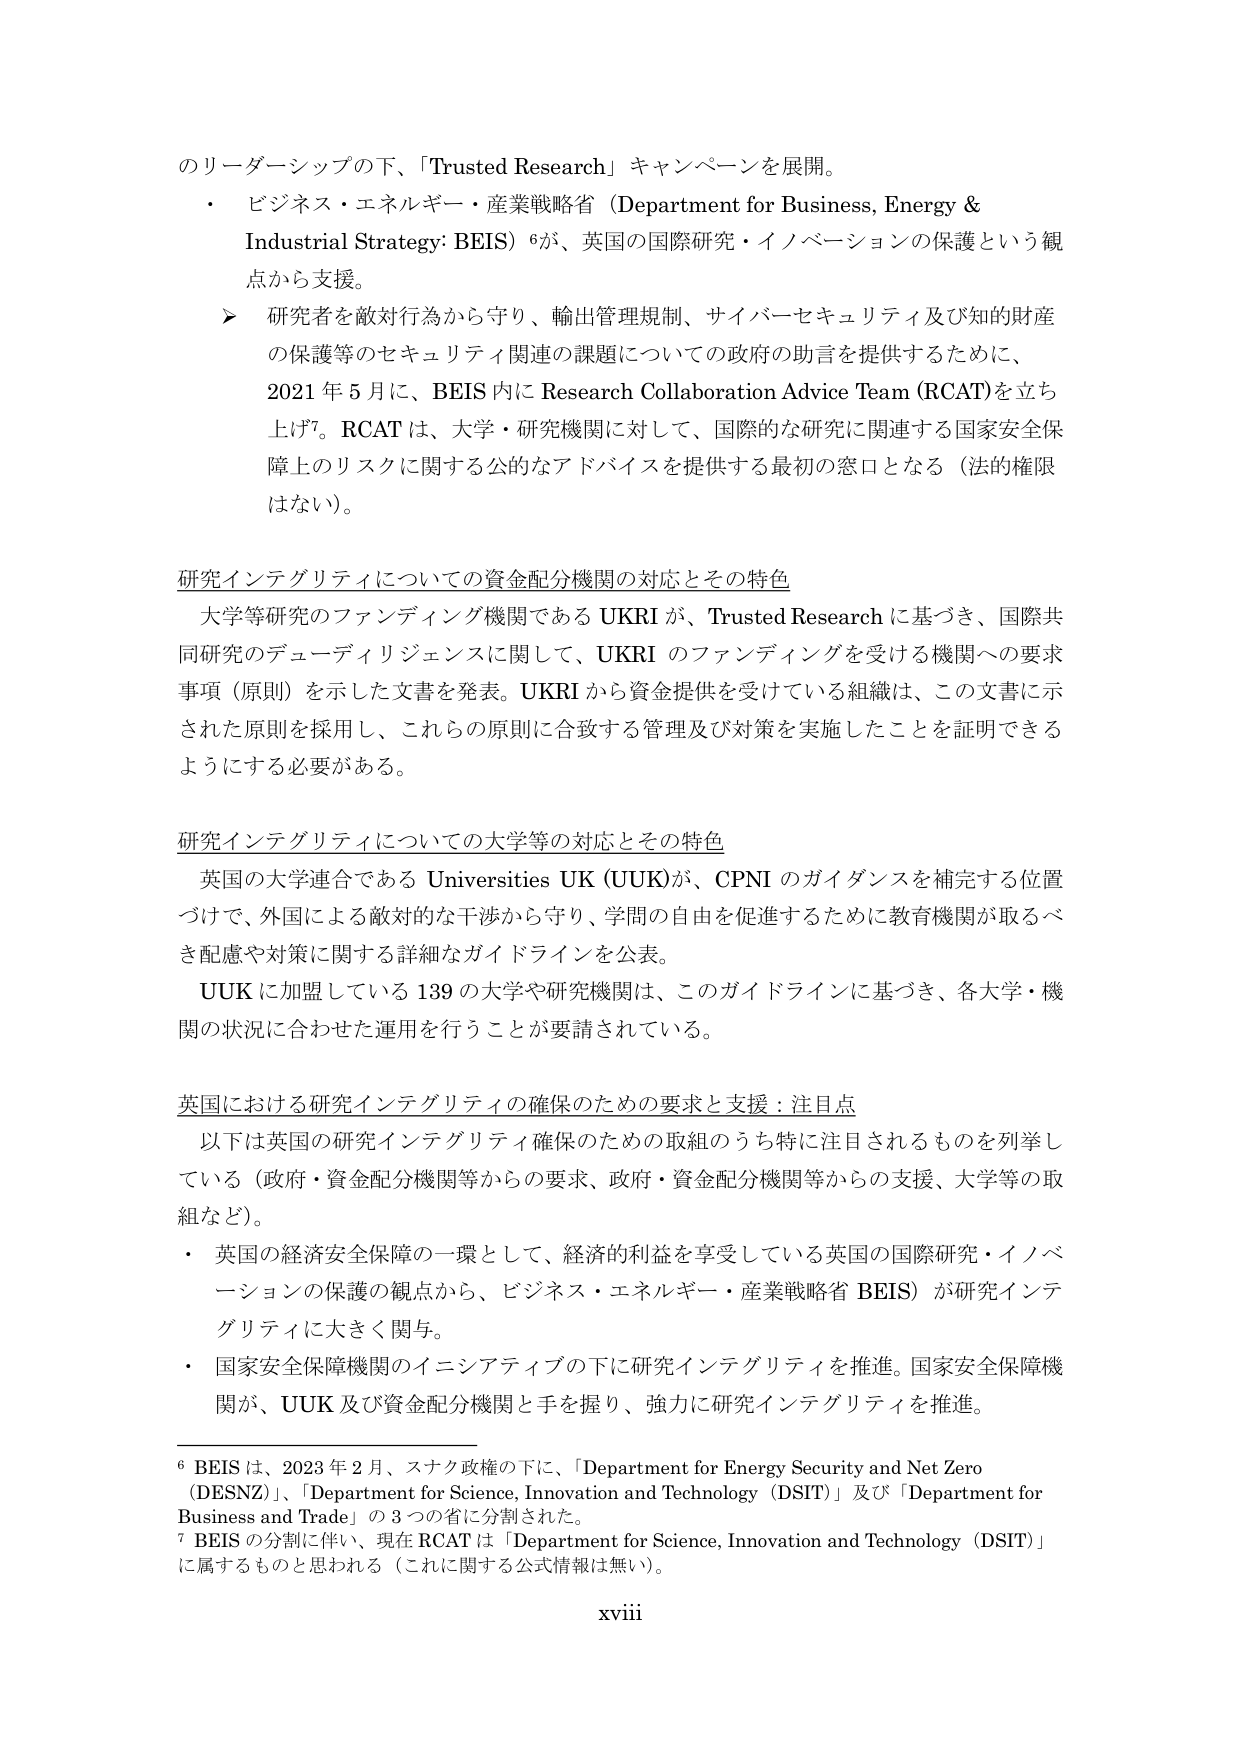
のリーダーシップの下、「Trusted Research」キャンペーンを展開。
・ ビジネス・エネルギー・産業戦略省（Department for Business, Energy & Industrial Strategy: BEIS）⁶が、英国の国際研究・イノベーションの保護という観点から支援。
　➤ 研究者を敵対行為から守り、輸出管理規制、サイバーセキュリティ及び知的財産の保護等のセキュリティ関連の課題についての政府の助言を提供するために、2021年5月に、BEIS内にResearch Collaboration Advice Team (RCAT)を立ち上げ⁷。RCATは、大学・研究機関に対して、国際的な研究に関連する国家安全保障上のリスクに関する公的なアドバイスを提供する最初の窓口となる（法的権限はない）。

研究インテグリティについての資金配分機関の対応とその特色
　大学等研究のファンディング機関であるUKRIが、Trusted Researchに基づき、国際共同研究のデューディリジェンスに関して、UKRIのファンディングを受ける機関への要求事項（原則）を示した文書を発表。UKRIから資金提供を受けている組織は、この文書に示された原則を採用し、これらの原則に合致する管理及び対策を実施したことを証明できるようにする必要がある。

研究インテグリティについての大学等の対応とその特色
　英国の大学連合であるUniversities UK (UUK)が、CPNIのガイダンスを補完する位置づけで、外国による敵対的な干渉から守り、学問の自由を促進するために教育機関が取るべき配慮や対策に関する詳細なガイドラインを公表。
　UUKに加盟している139の大学や研究機関は、このガイドラインに基づき、各大学・機関の状況に合わせた運用を行うことが要請されている。

英国における研究インテグリティの確保のための要求と支援：注目点
　以下は英国の研究インテグリティ確保のための取組のうち特に注目されるものを列挙している（政府・資金配分機関等からの要求、政府・資金配分機関等からの支援、大学等の取組など）。
・ 英国の経済安全保障の一環として、経済的利益を享受している英国の国際研究・イノベーションの保護の観点から、ビジネス・エネルギー・産業戦略省BEIS）が研究インテグリティに大きく関与。
・ 国家安全保障機関のイニシアティブの下に研究インテグリティを推進。国家安全保障機関が、UUK及び資金配分機関と手を握り、強力に研究インテグリティを推進。

⁶ BEISは、2023年2月、スナク政権の下に、「Department for Energy Security and Net Zero (DESNZ)」、「Department for Science, Innovation and Technology (DSIT)」及び「Department for Business and Trade」の3つの省に分割された。
⁷ BEISの分割に伴い、現在RCATは「Department for Science, Innovation and Technology (DSIT)」に属するものと思われる（これに関する公式情報は無い）。

xviii